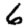
Digit: 6